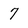
Character: 7